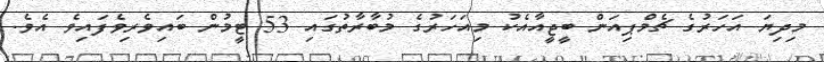
މިދިޔަ އަހަރުގެ ޗެމްޕިއަން ބީޖީއާއެކު މިއަހަރުގެ މުބާރާތުގައި 53 ޓީމުން ބައިވެރިވެފައިވެ އެވެ.